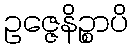
ဥဇ္ဇေနိဉ္စာပိ